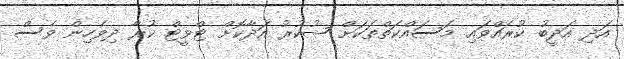
އަދި އަދީބު ކުރައްވައި މަސައްކަތްތަކަށް ޝުކުރު އަދާކޮށް ޓްވީޓް ކުރާ ދިވެހިން ވެސް